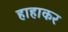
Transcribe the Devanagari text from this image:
हाहाकर